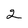
Character: 2